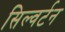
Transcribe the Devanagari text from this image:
सिल्वर्टन